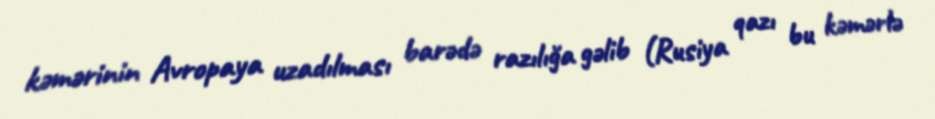
kəmərinin Avropaya uzadılması barədə razılığa gəlib (Rusiya qazı bu kəmərlə